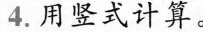
4.用竖式计算。